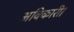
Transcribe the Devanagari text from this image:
अविकारी।